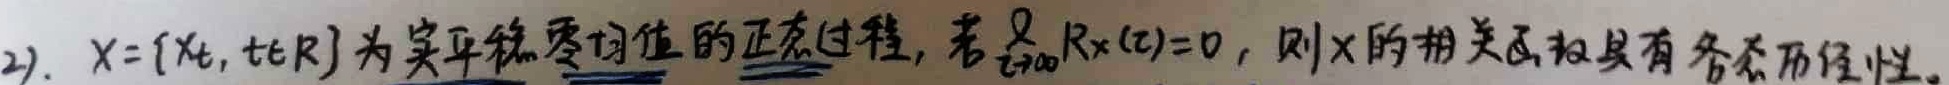
2). $X = \{X_t, t\in\mathbb{R}\}$为实平稳零均值的正态过程，若$\lim\limits_{t\rightarrow\infty}R_X(t)=0$，则$X$的相关函数具有各态历经性。